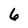
Character: 6